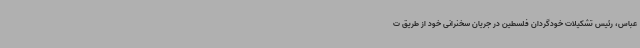
عباس، رئیس تشکیلات خودگردان فلسطین در جریان سخنرانی خود از طریق ت